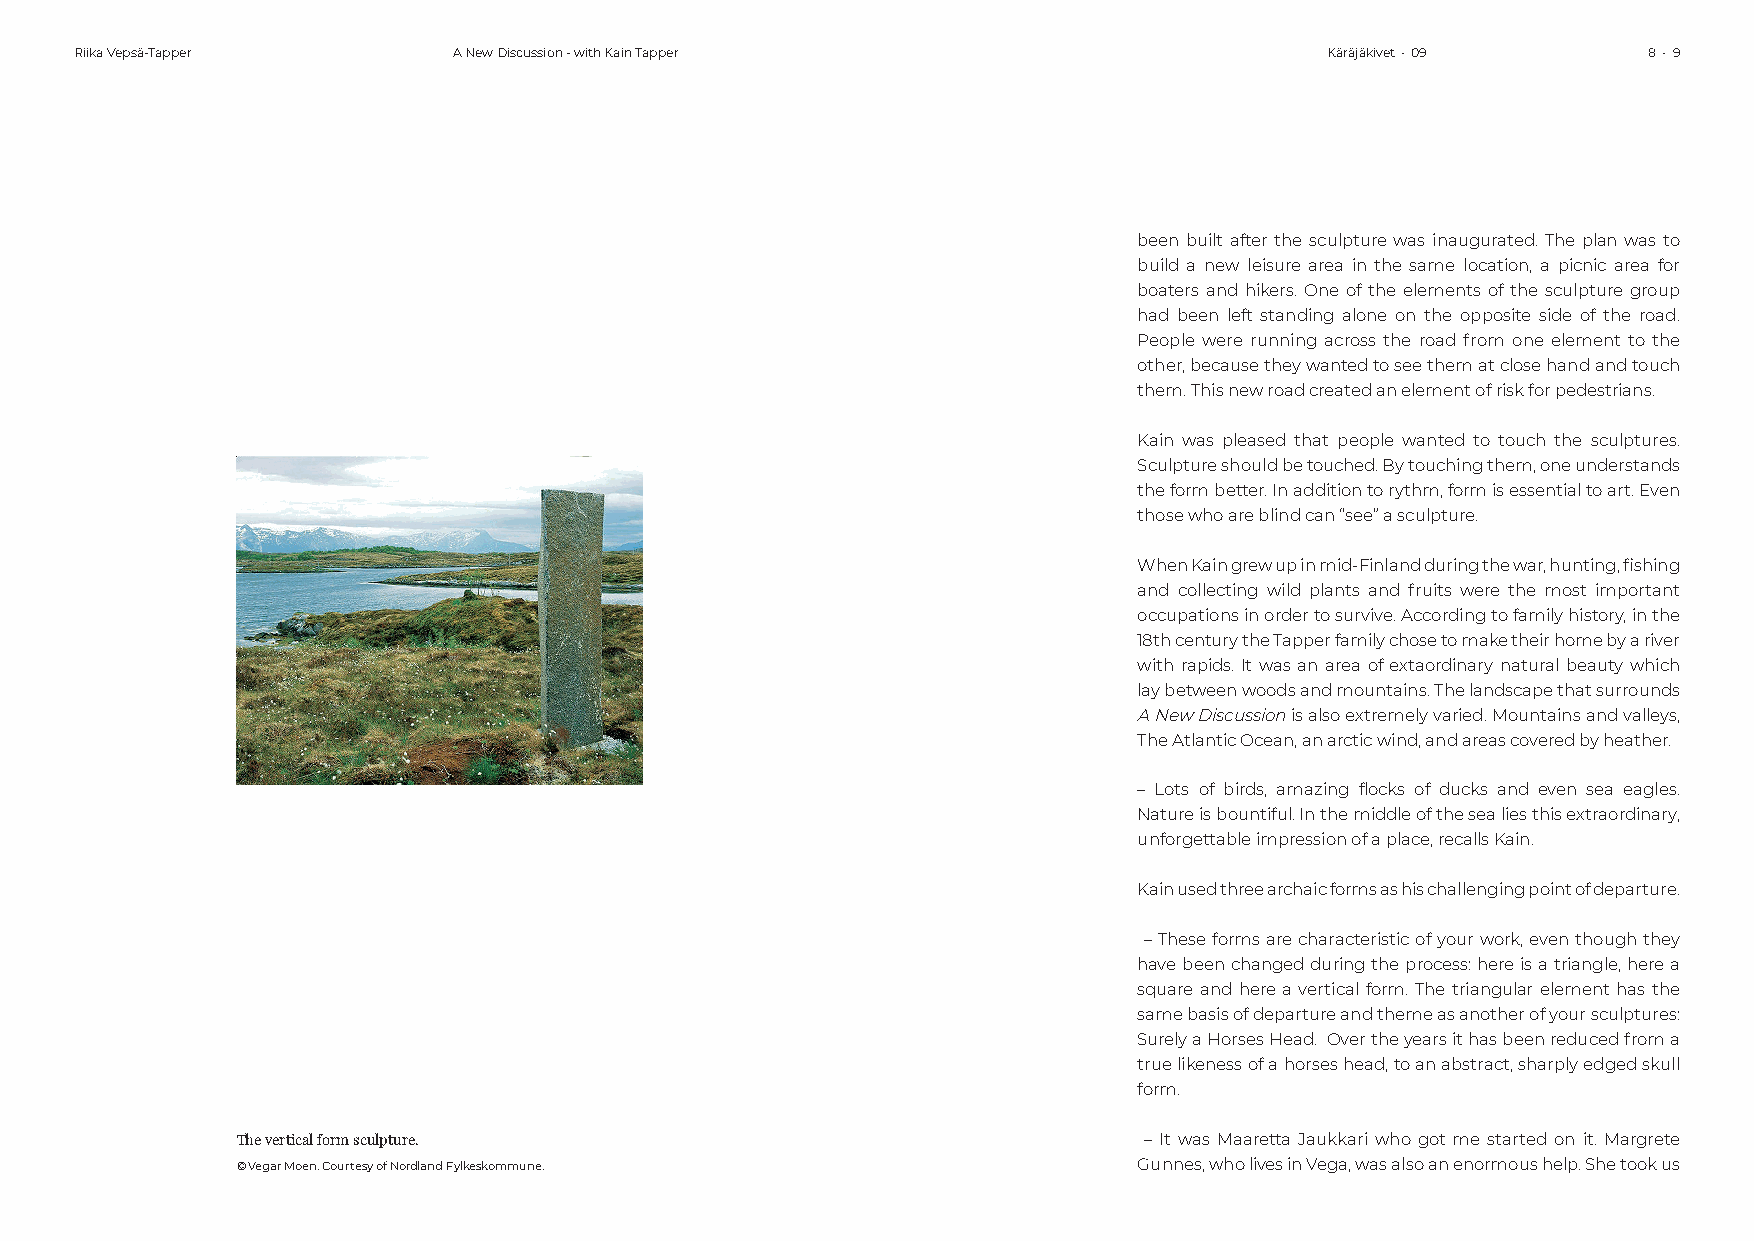
Riika Vepsä-Tapper       A New Discussion - with Kain Tapper                       Käräjäkivet • 09     8 • 9
 been built after the sculpture was inaugurated. The plan was to
 build a new leisure area in the same location, a picnic area for
 boaters and hikers. One of the elements of the sculpture group
 had been left standing alone on the opposite side of the road.
 People were running across the road from one element to the
 other, because they wanted to see them at close hand and touch
 them. This new road created an element of risk for pedestrians.
 Kain was pleased that people wanted to touch the sculptures.
 Sculpture should be touched. By touching them, one understands
 the form better. In addition to rythm, form is essential to art. Even
 those who are blind can “see” a sculpture.
 When Kain grew up in mid-Finland during the war, hunting, fi shing
 and collecting wild plants and fruits were the most important
 occupations in order to survive. According to family history, in the
 18th century the Tapper family chose to make their home by a river
 with rapids. It was an area of extaordinary natural beauty which
 lay between woods and mountains. The landscape that surrounds
 A New Discussion is also extremely varied. Mountains and valleys,
 The Atlantic Ocean, an arctic wind, and areas covered by heather.
 – Lots of birds, amazing fl ocks of ducks and even sea eagles.
 Nature is bountiful. In the middle of the sea lies this extraordinary,
 unforgettable impression of a place, recalls Kain.
 Kain used three archaic forms as his challenging point of departure.
 – These forms are characteristic of your work, even though they
 have been changed during the process: here is a triangle, here a
 square and here a vertical form. The triangular element has the
 same basis of departure and theme as another of your sculptures:
 Surely a Horses Head. Over the years it has been reduced from a
 true likeness of a horses head, to an abstract, sharply edged skull
 form.
 The vertical form sculpture.                                – It was Maaretta Jaukkari who got me started on it. Margrete
 © Vegar Moen. Courtesy of Nordland Fylkeskommune.          Gunnes, who lives in Vega, was also an enormous help. She took us